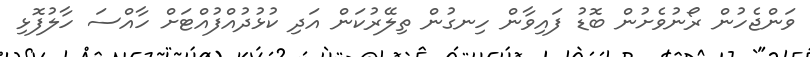
ވަންޖެހުން ރޯނުވެށުން ބޮޑު ފައިވާން ހިނގުން ތިލޭރުކަން އަދި ކުޅުދުއްފުއްޓަށް ހާއްސަ ހާލުފޮޅި